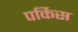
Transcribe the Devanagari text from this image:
पर्किस